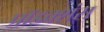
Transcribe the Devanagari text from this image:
प्रॉडक्शंस